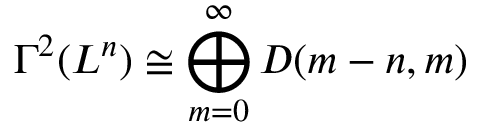
\Gamma ^ { 2 } ( L ^ { n } ) \cong \bigoplus _ { m = 0 } ^ { \infty } D ( m - n , m )